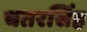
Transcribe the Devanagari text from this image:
चतरसिंह